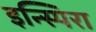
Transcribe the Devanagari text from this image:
इन्स्पिरा